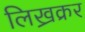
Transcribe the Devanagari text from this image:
लिख्रक्रर